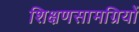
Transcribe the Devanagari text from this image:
शिक्षणसामग्रियों